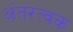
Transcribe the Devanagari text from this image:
अंतरत्वक